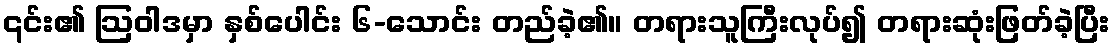
၎င်း၏ ဩဝါဒမှာ နှစ်ပေါင်း ၆-သောင်း တည်ခဲ့၏။ တရားသူကြီးလုပ်၍ တရားဆုံးဖြတ်ခဲ့ပြီး